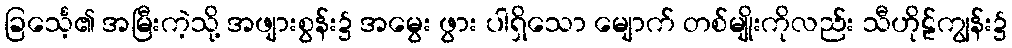
ခြင်္သေ့၏ အမြီးကဲ့သို့ အဖျားစွန်း၌ အမွေး ဖွား ပါရှိသော မျောက် တစ်မျိုးကိုလည်း သီဟိုဠ်ကျွန်း၌